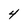
Character: 4